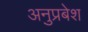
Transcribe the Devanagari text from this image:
अनुप्रबेश